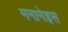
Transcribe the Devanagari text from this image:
मनानेइस